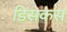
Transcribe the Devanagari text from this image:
डिसकस